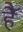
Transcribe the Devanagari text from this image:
हैॅ